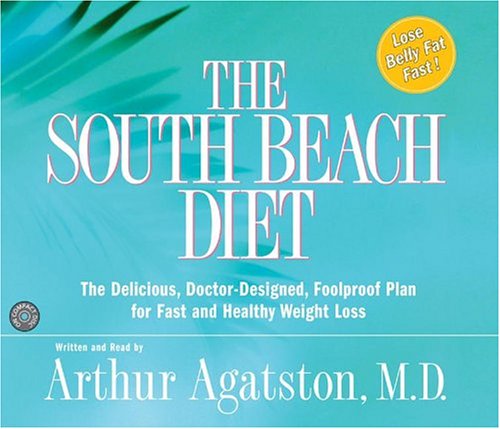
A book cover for The South Beach Diet CD Long Box; Arthur S. Agatston; Health, Fitness & Dieting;